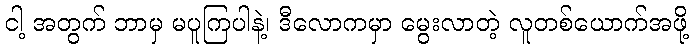
ငါ့ အတွက် ဘာမှ မပူကြပါနဲ့၊ ဒီလောကမှာ မွေးလာတဲ့ လူတစ်ယောက်အဖို့